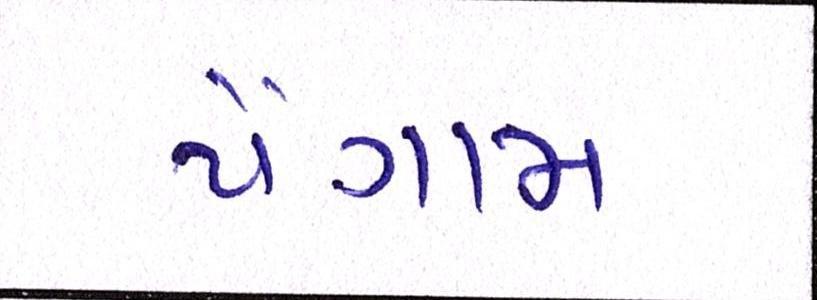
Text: પૈગામ